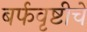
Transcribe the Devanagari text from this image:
बर्फवृष्टीचे